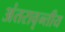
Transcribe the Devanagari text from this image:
अंतरावृन्तीय